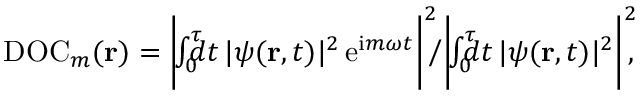
\begin{array} { r } { \mathrm { D O C } _ { m } ( { \bf r } ) = \bigg | \! \! \int _ { 0 } ^ { \tau } \! \! \! \! d t \, | \psi ( { \bf r } , t ) | ^ { 2 } \, \mathrm { e } ^ { \mathrm { i } m \omega t } \bigg | ^ { 2 } \! \! \bigg / \bigg | \! \! \int _ { 0 } ^ { \tau } \! \! \! \! d t \, | \psi ( { \bf r } , t ) | ^ { 2 } \bigg | ^ { 2 } \! \! , } \end{array}